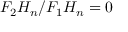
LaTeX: F _ { 2 } H _ { n } / F _ { 1 } H _ { n } = 0